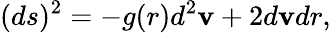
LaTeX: (ds)^{2}=-g(r)d^{2}\mathbf{v}+2d\mathbf{v}dr,